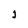
Character: j